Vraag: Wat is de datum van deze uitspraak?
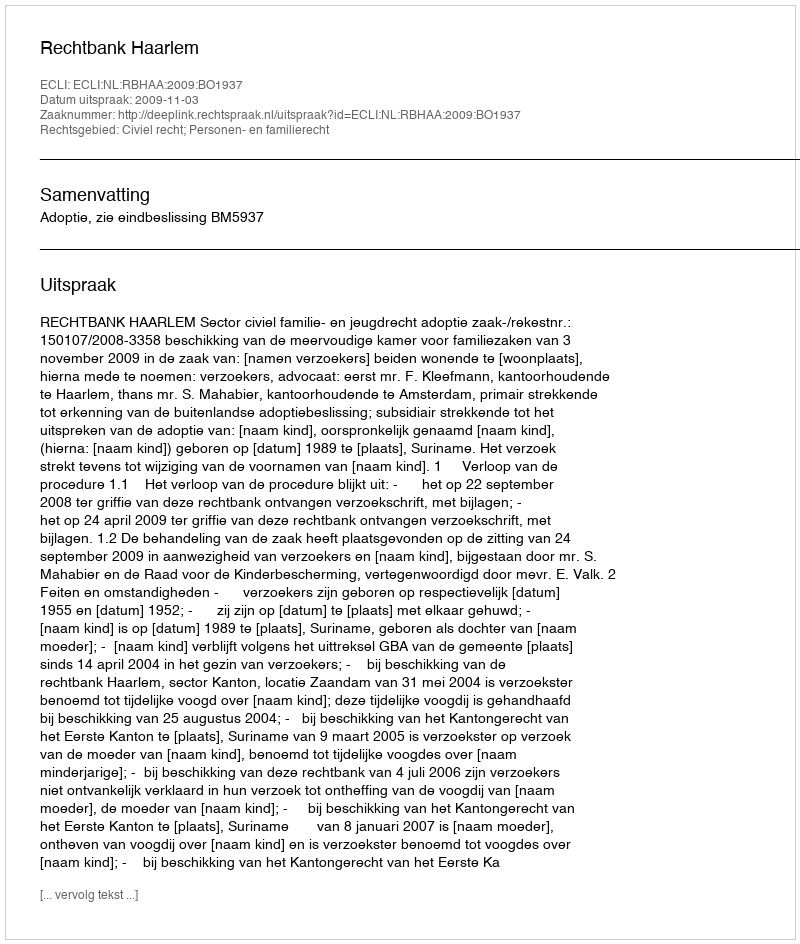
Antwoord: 2009-11-03